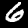
Label: 6